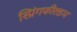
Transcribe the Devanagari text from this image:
स्प्रिंगफील्डम